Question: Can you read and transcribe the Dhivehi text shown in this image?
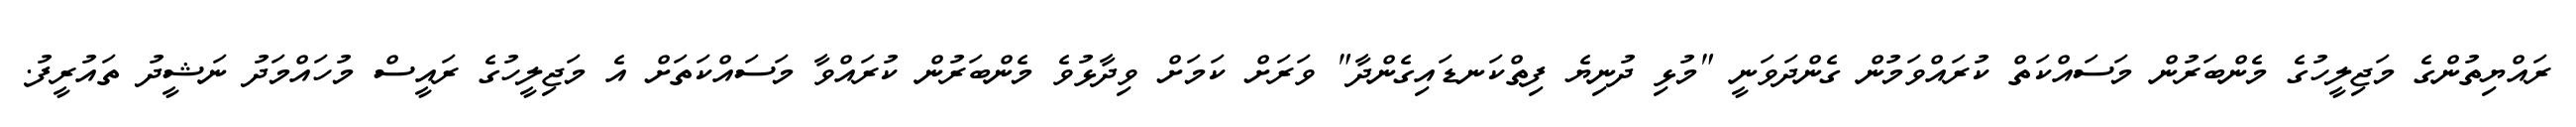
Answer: ރައްޔިތުންގެ މަޖިލީހުގެ މެންބަރުން މަސައްކަތް ކުރައްވަމުން ގެންދަވަނީ "މުޅި ދުނިޔެ ފިތްކަނޑައިގެންދާ" ވަރަށް ކަމަށް ވިދާޅުވެ މެންބަރުން ކުރައްވާ މަސައްކަތަށް އެ މަޖިލީހުގެ ރައީސް މުހައްމަދު ނަޝީދު ތައުރީފު.